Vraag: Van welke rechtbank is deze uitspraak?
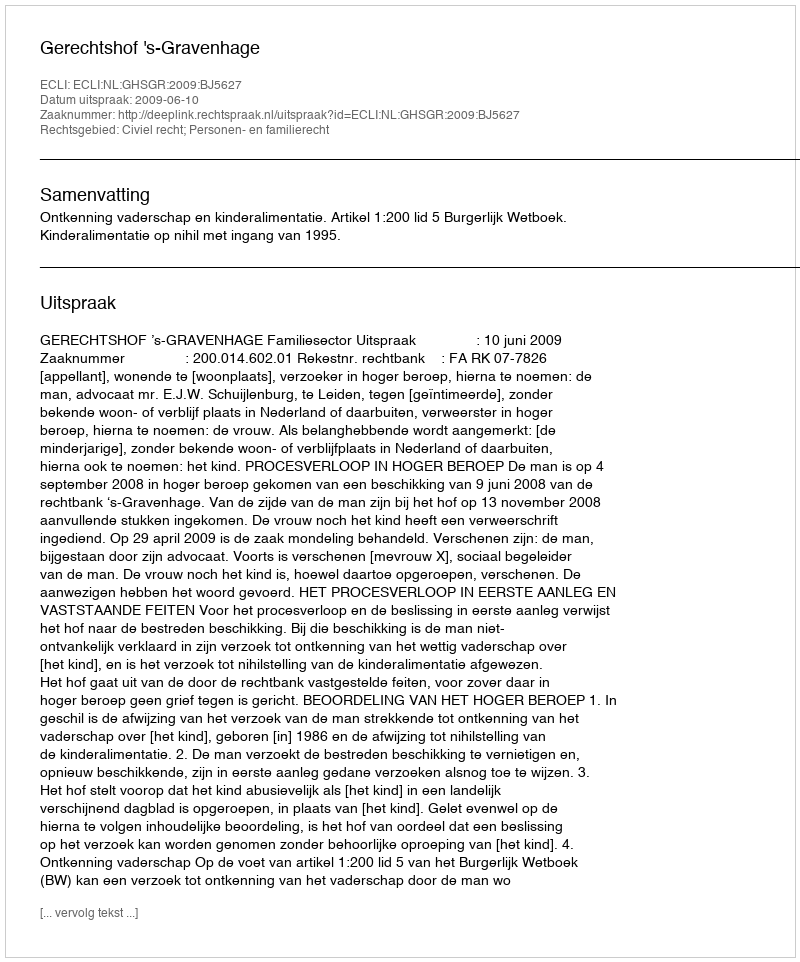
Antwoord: Gerechtshof 's-Gravenhage